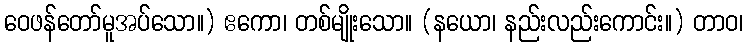
ဝေဖန်တော်မူအပ်သော။) ဧကော၊ တစ်မျိုးသော။ (နယော၊ နည်းလည်းကောင်း။) တာဝ၊